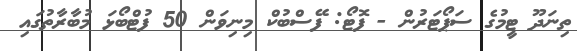
ތިނަދޫ ޓީމުގެ ސަޕޯޓަރުން - ފޮޓޯ: ފޭސްބުކް މިނިވަން 50 ފުޓްބޯޅަ މުބާރާތުގައި